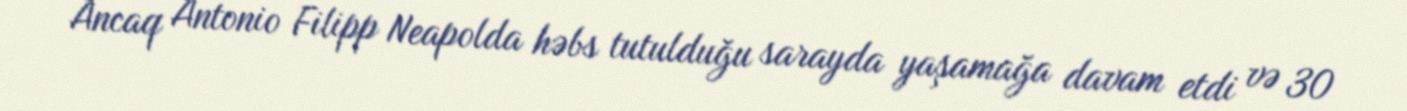
Ancaq Antonio Filipp Neapolda həbs tutulduğu sarayda yaşamağa davam etdi və 30